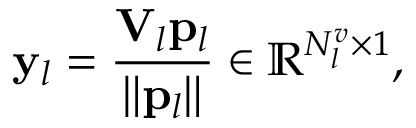
{ \bf y } _ { l } = \frac { { \bf V } _ { l } { \bf p } _ { l } } { \lVert { \bf p } _ { l } \rVert } \in \mathbb { R } ^ { N _ { l } ^ { v } \times 1 } ,